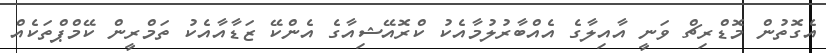
އެގޮތުން މޮޑްރިޗް ވަނީ އާއިލާގެ އެއްބާރުލުމާއެކު ކްރޮއޭޝިއާގެ އެންކޭ ޒަޑާއާއެކު ތަމްރީން ކޭމްޕްތަކެއް